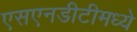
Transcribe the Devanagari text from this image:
एसएनडीटीमध्ये